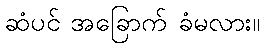
ဆံပင် အခြောက် ခံမလား။